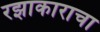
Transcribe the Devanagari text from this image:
रझाकाराचा